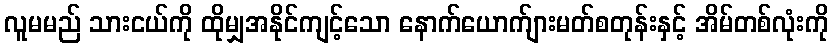
လူမမည် သားငယ်ကို ထိုမျှအနိုင်ကျင့်သော နောက်ယောက်ျားမတ်စတုန်းနှင့် အိမ်တစ်လုံးကို